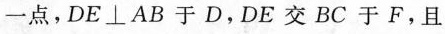
一点，DE\perp AB于D，DE交BC于F，且